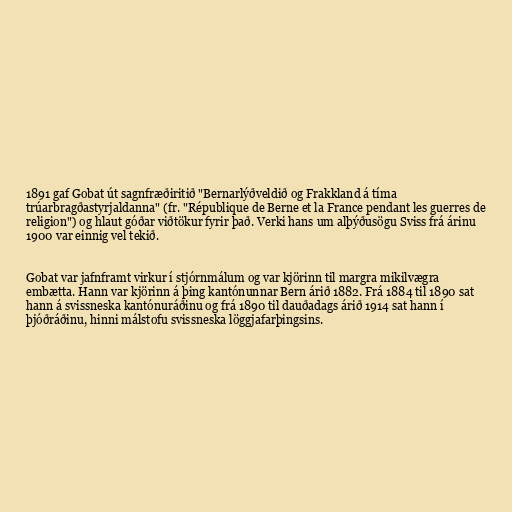
1891 gaf Gobat út sagnfræðiritið "Bernarlýðveldið og Frakkland á tíma
trúarbragðastyrjaldanna" (fr. "République de Berne et la France pendant les guerres de
religion") og hlaut góðar viðtökur fyrir það. Verki hans um alþýðusögu Sviss frá árinu
1900 var einnig vel tekið.

Gobat var jafnframt virkur í stjórnmálum og var kjörinn til margra mikilvægra
embætta. Hann var kjörinn á þing kantónunnar Bern árið 1882. Frá 1884 til 1890 sat
hann á svissneska kantónuráðinu og frá 1890 til dauðadags árið 1914 sat hann í
þjóðráðinu, hinni málstofu svissneska löggjafarþingsins.